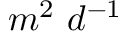
m ^ { 2 } \ d ^ { - 1 }